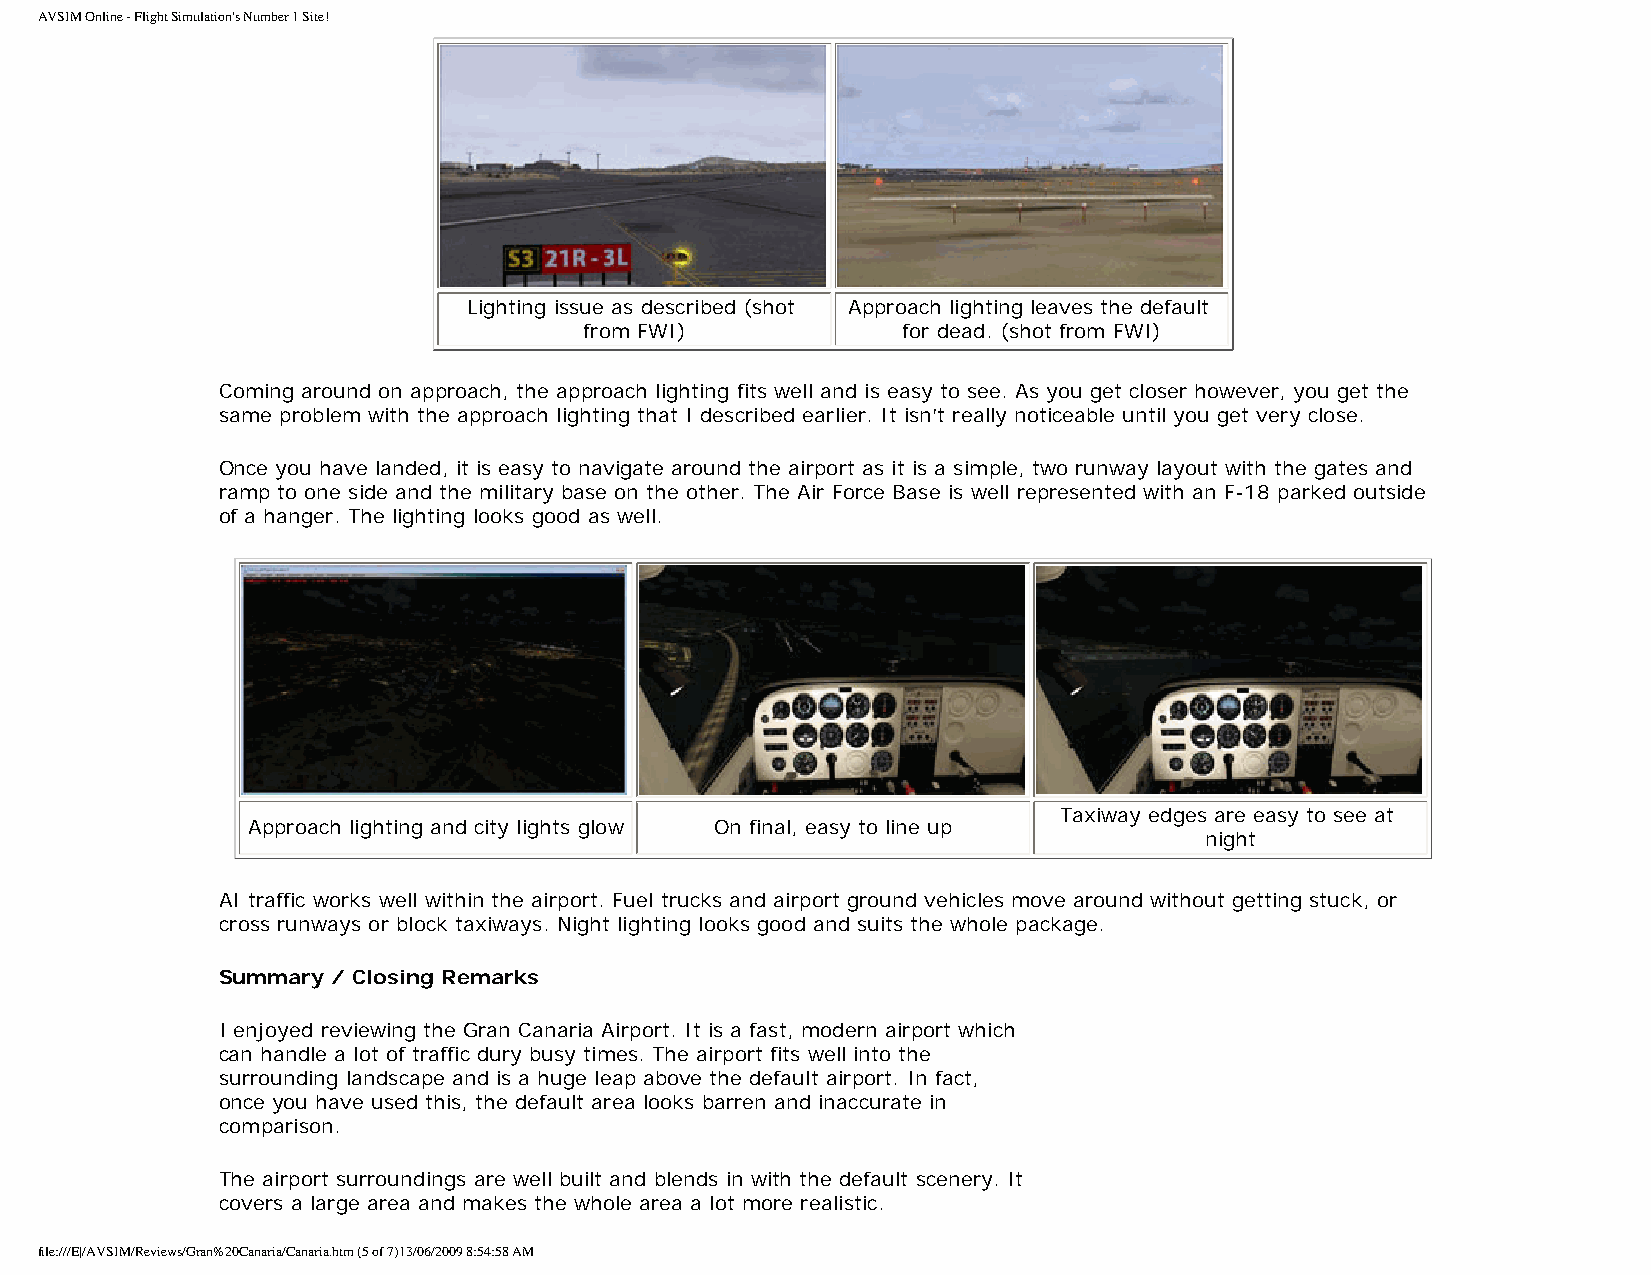
AVSIM Online - Flight Simulation's Number 1 Site!
 Lighting issue as described (shot Approach lighting leaves the default
 from FWI)            for dead. (shot from FWI)
 Coming around on approach, the approach lighting fits well and is easy to see. As you get closer however, you get the
 same problem with the approach lighting that I described earlier. It isn’t really noticeable until you get very close.
 Once you have landed, it is easy to navigate around the airport as it is a simple, two runway layout with the gates and
 ramp to one side and the military base on the other. The Air Force Base is well represented with an F-18 parked outside
 of a hanger. The lighting looks good as well.
 Taxiway edges are easy to see at
 Approach lighting and city lights glow On final, easy to line up
 night
 AI traffic works well within the airport. Fuel trucks and airport ground vehicles move around without getting stuck, or
 cross runways or block taxiways. Night lighting looks good and suits the whole package.
 Summary / Closing Remarks
 I enjoyed reviewing the Gran Canaria Airport. It is a fast, modern airport which
 can handle a lot of traffic dury busy times. The airport fits well into the
 surrounding landscape and is a huge leap above the default airport. In fact,
 once you have used this, the default area looks barren and inaccurate in
 comparison.
 The airport surroundings are well built and blends in with the default scenery. It
 covers a large area and makes the whole area a lot more realistic.
 file:///E|/AVSIM/Reviews/Gran%20Canaria/Canaria.htm (5 of 7)13/06/2009 8:54:58 AM